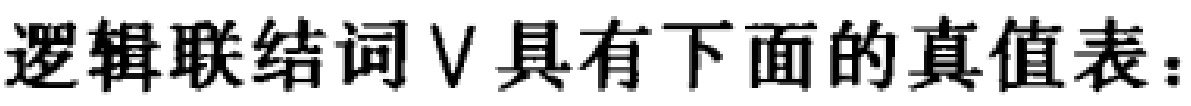
逻辑联结词$\vee$具有下面的真值表：